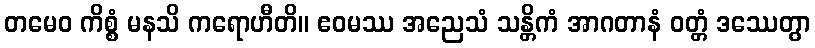
တမေဝ ကိစ္စံ မနသိ ကရောဟီတိ။ ဧဝမဿ အညေသံ သန္တိကံ အာဂတာနံ ဝတ္တံ ဒဿေတွာ